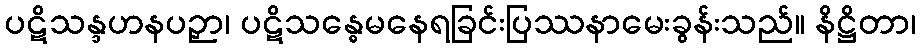
ပဋိသန္ဒဟနပဉှာ၊ ပဋိသန္ဓေမနေရခြင်းပြဿနာမေးခွန်းသည်။ နိဋ္ဌိတာ၊